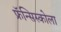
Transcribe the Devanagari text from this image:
फ्रॅन्सिस्कोला